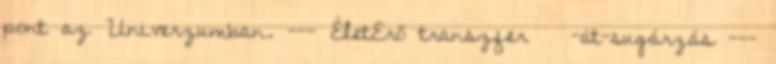
pont az Univerzumban. --- ÉletErő transzfer -át-sugárzás ---